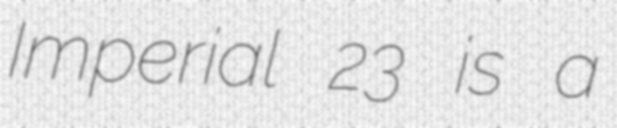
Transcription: Imperial 23 is a